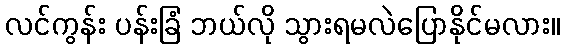
လင်ကွန်း ပန်းခြံ ဘယ်လို သွားရမလဲပြောနိုင်မလား။